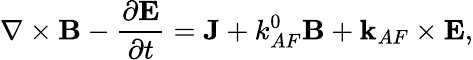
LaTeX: \nabla\times\mathbf{B}-\frac{\partial\mathbf{E}}{\partial t}=\mathbf{J}+k_{AF}^{0}\mathbf{B}+\mathbf{k}_{AF}\times\mathbf{E},